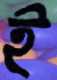
ই